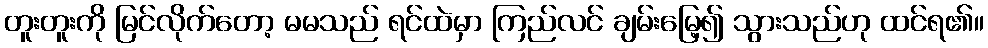
တူးတူးကို မြင်လိုက်တော့ မမသည် ရင်ထဲမှာ ကြည်လင် ချမ်းမြေ့၍ သွားသည်ဟု ထင်ရ၏။